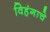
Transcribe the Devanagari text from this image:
विहंगाचे